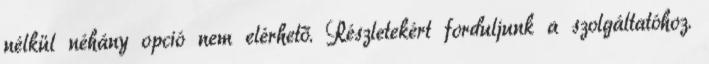
nélkül néhány opció nem elérhető. Részletekért forduljunk a szolgáltatóhoz.